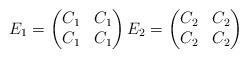
LaTeX: \begin{align*}E_1 = \begin{pmatrix} C_1 & C_1 \\ C_1 & C_1 \end{pmatrix} E_2 = \begin{pmatrix} C_2 & C_2 \\ C_2 & C_2 \end{pmatrix}\end{align*}